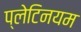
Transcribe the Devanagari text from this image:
प्लेटिनयम